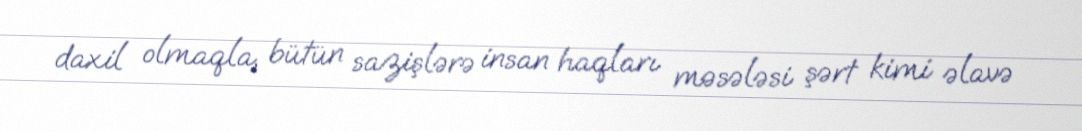
daxil olmaqla, bütün sazişlərə insan haqları məsələsi şərt kimi əlavə